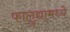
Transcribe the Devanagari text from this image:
फालुद्यामध्ये